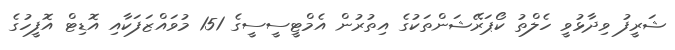
ޝަރީފު ވިދާޅުވީ ހެލްތު ކޯޕަރޭޝަންތަކުގެ އިތުރުން އެމްޓީސީސީގެ 151 މުވައްޒަފަކާއި އޮޑިޓް އޮފީހުގެ